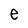
Character: e